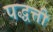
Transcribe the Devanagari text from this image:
पद्धत्ती